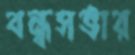
বন্ধসভার